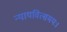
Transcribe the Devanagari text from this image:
न्यायवित्समयः।